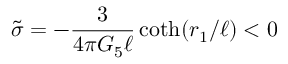
\tilde { \sigma } = - { \frac { 3 } { 4 \pi G _ { 5 } \ell } } \coth ( r _ { 1 } / \ell ) < 0